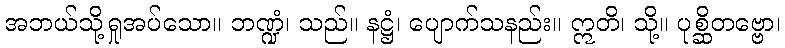
အဘယ်သို့ရှုအပ်သော။ ဘဏ္ဍံ၊ သည်။ နဋ္ဌံ၊ ပျောက်သနည်း။ ဣတိ၊ သို့။ ပုစ္ဆိတဗ္ဗော၊